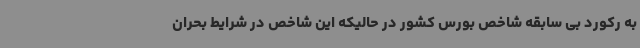
به رکورد بی سابقه شاخص بورس کشور در حالیکه این شاخص در شرایط بحران